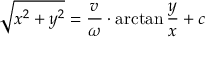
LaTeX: { \sqrt { x ^ { 2 } + y ^ { 2 } } } = { \frac { v } { \omega } } \cdot \arctan { \frac { y } { x } } + c